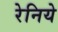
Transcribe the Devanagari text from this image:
रेनिये